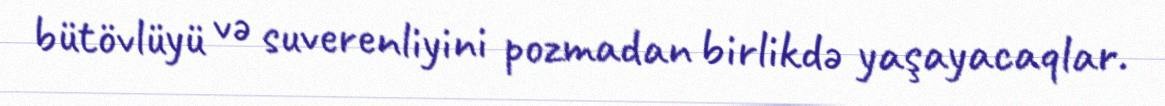
bütövlüyü və suverenliyini pozmadan birlikdə yaşayacaqlar.